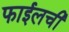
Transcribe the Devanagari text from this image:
फाईलची